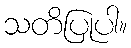
သတိပြုပါ။